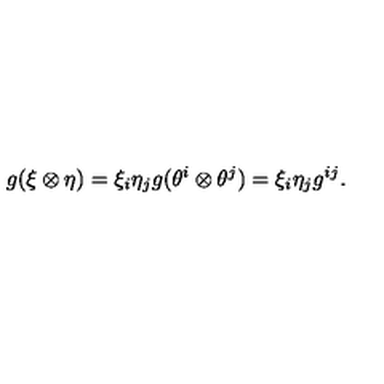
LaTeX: g ( \xi \otimes \eta ) = \xi _ { i } \eta _ { j } g ( \theta ^ { i } \otimes \theta ^ { j } ) = \xi _ { i } \eta _ { j } g ^ { i j } .